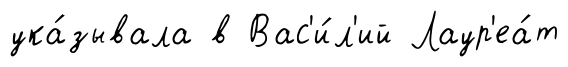
ука́зывала в Вас'и́л'ий Лаур'еа́т